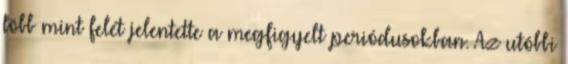
több mint felét jelentette a megfigyelt periódusokban. Az utóbbi